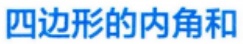
四边形的内角和